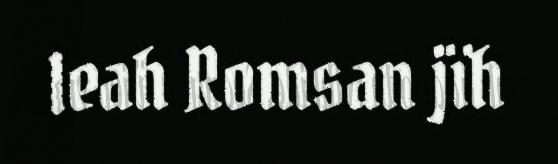
leah Romsan jïh